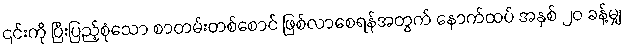
၎င်းကို ပြီးပြည့်စုံသော စာတမ်းတစ်စောင် ဖြစ်လာစေရန်အတွက် နောက်ထပ် အနှစ် ၂၀ ခန့်မျှ